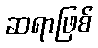
ဆရာဖြစ်